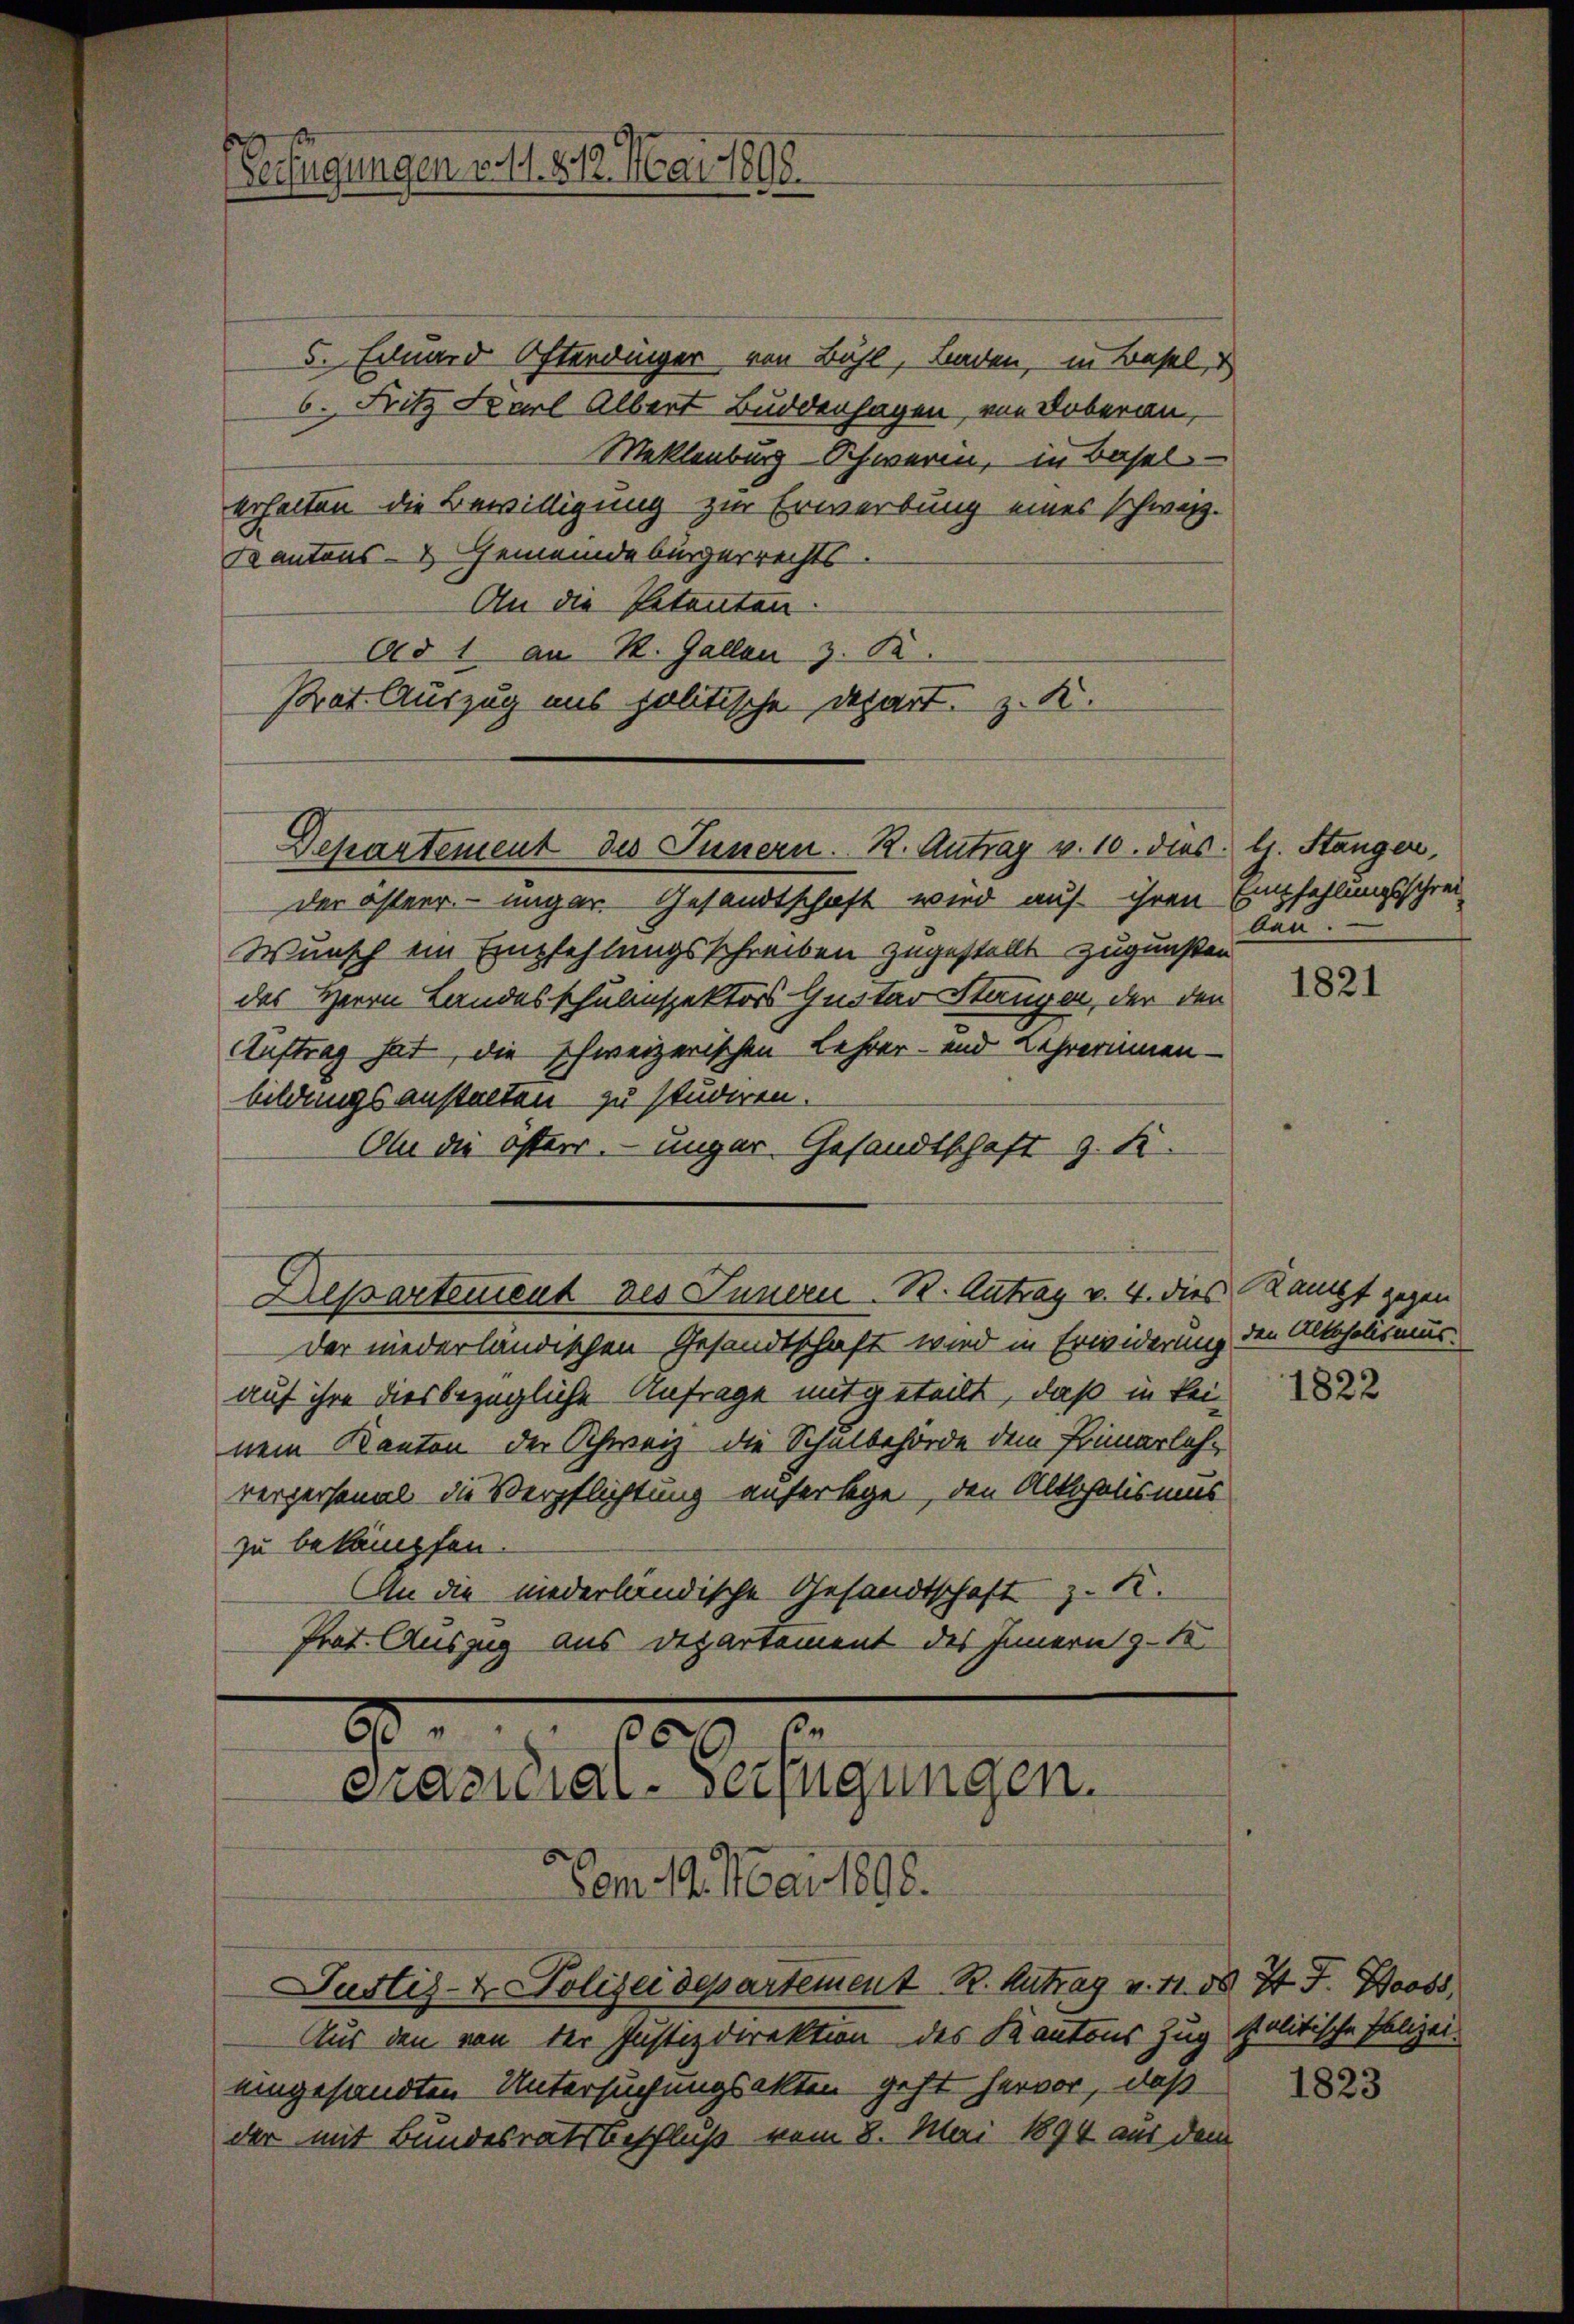
5. Einard Osterdinger von Bühl, Baden, in Basel, d
6. Fritz Karl Albert Buddenhagen, von Doberau,
Meklenburg Schwerin, in Basel
erhalten die Bewilligung zur Erwerbung eines schweiz.
Kantons- & Gemeindebürgerrechts
An die Petenten.
der österr. ungar. Gesandtschaft wird auf ihren
Wunsch ein Empfehlungsschreiben zugestellt zugunsten
des Herrn Landesschulnspektors Guster Stangen, der den
Auftrag hat, die schweizerischen Lehrer- und Lehrerinnen-
bildungsanstalten zu studiren.
Ob die österr. unger Gesandtschaft z. S.
Dessartement des Innern. B. Antrag v. 4. dies
der niederländischen Gesandtschaft wird in Erwiderung den Alkoholismus.
auf ihre diesbezügliche Anfrage mitgeteilt, daß in keinem Kanton der Schweiz die Schulbehörde dem Primarlehverpersonal die Verpflichtung auferlege, den Alkoholismus
zu bekämpfen.
An die niederländische Gesandtschaft z. K.
Prot. Auszug aus Departement des Innern 9-10

Berfügungen vol. 812. Mai 1898.

Ad 1 an R. Gallen z. B.
Prot. Auszug aus politische Depart, z. K.
Departement des Innern. K. Antrag v. 10. dies l. Stanger,

6 000
Präsidial-Verfügungen.

Justiz- & Polizeidepartement R. Antrag v. 11. d. 7t J. Boss

Vom 19. Mai 1898.
Aus den von der Justizdirektion des Kantons Zug politische Polizei-
eingesandten Untersuchungsakten geht hervor, daß
der mit Bundesratsbeschluß vom 8. Mai 1894 aus dem

Empfehlungsschrei
ben.

1821

Kampf gegen

1822

1823